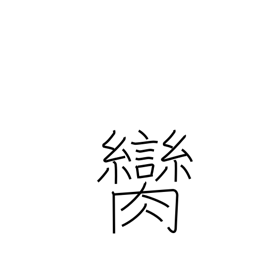
Meaning: witness